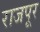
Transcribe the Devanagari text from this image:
राजपूर